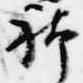
躰